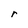
Character: r